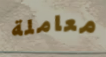
معاملة